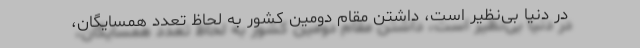
در دنیا بی‌نظیر است، داشتن مقام دومین کشور به لحاظ تعدد همسایگان،